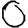
Digit: 0